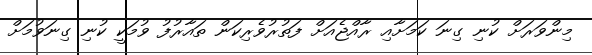
މިންވަރަށް ކުނި ގިނަ ކަމަށާއި ރާއްޖެއަށް ފަތުރުވެރިކަން ތައާރުފު ވުމަކީ ކުނި ގިނަވުމަށް